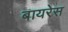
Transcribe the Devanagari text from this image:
बायरेस